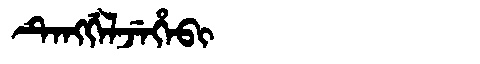
Manchu: ᡨᡝᠩᡤᡝᠯᠵᡝᡥᡝᠪᡳ
Romanization: TENGGELJEHEBI